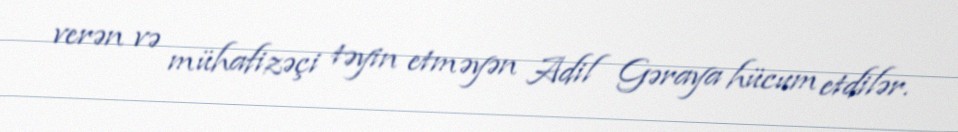
verən və mühafizəçi təyin etməyən Adil Gəraya hücum etdilər.